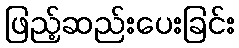
ဖြည့်ဆည်းပေးခြင်း